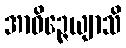
အာဝိဉ္ဇေယျာသိ